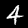
Label: 4